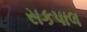
સકપાલ